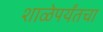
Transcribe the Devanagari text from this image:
शाळेपर्यंतचा